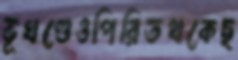
ভূখণ্ডেওপিরিতথকেছ